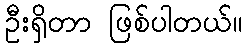
ဦးရှိတာ ဖြစ်ပါတယ်။